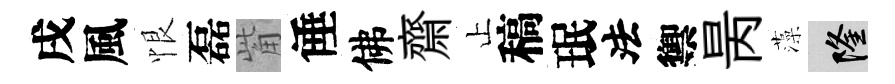
戌風恨磊觜倕佛齋止稿珉法禦昺藻隆